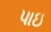
પાઇ